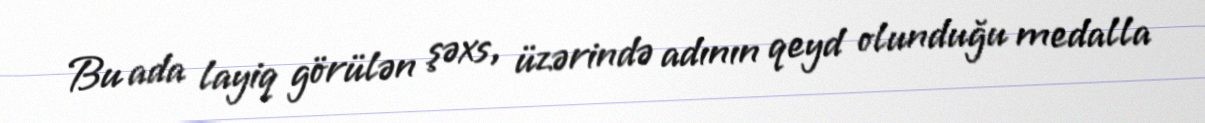
Bu ada layiq görülən şəxs, üzərində adının qeyd olunduğu medalla